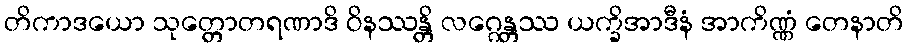
တိကာဒယော သုတ္တောတရဏာဒိ ဝိနဿန္တိ လဂ္ဂေန္တဿ ယက္ခိအာဒီနံ အာကိဏ္ဏံ တေနာတိ